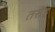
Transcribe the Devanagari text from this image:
तसेह